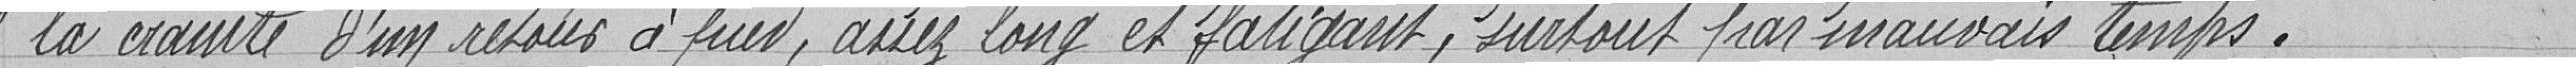
la crainte d'un retour à pied, assez long et fatigant, surtout par mauvais temps.